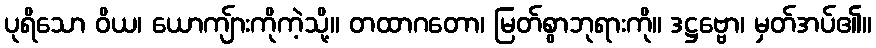
ပုရိသော ဝိယ၊ ယောကျ်ားကိုကဲ့သို့။ တထာဂတော၊ မြတ်စွာဘုရားကို။ ဒဋ္ဌဗ္ဗော၊ မှတ်အပ်၏။